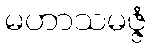
မဟာသမဇ္ဇံ